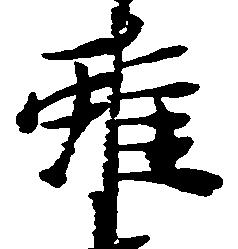
雖